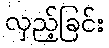
လှည့်ခြင်း